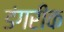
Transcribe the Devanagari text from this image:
डंगरीक